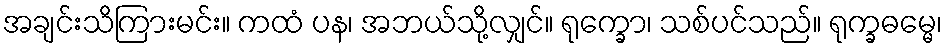
အချင်းသိကြားမင်း။ ကထံ ပန၊ အဘယ်သို့လျှင်။ ရုက္ခော၊ သစ်ပင်သည်။ ရုက္ခဓမ္မေ၊